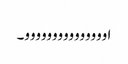
اووووووووووووووو۔